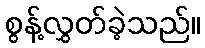
စွန့်လွှတ်ခဲ့သည်။